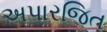
અપારજિત